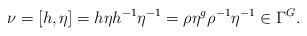
LaTeX: \begin{align*} \nu = [h,\eta] = h\eta h^{-1}\eta^{-1} = \rho \eta^{g} \rho^{-1} \eta^{-1} \in \Gamma^G.\end{align*}